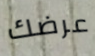
عرضك